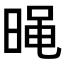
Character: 𣈣